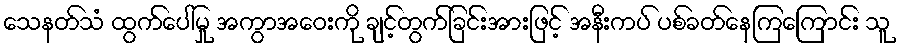
သေနတ်သံ ထွက်ပေါ်မှု အကွာအဝေးကို ချင့်တွက်ခြင်းအားဖြင့် အနီးကပ် ပစ်ခတ်နေကြကြောင်း သူ